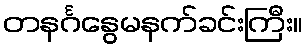
တနင်္ဂနွေမနက်ခင်းကြီး။